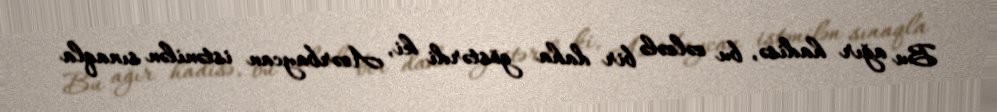
Bu ağır hadisə, bu zəlzələ bir daha göstərdi ki, Azərbaycan istənilən sınaqla